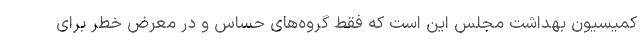
کمیسیون بهداشت مجلس‌ این است که فقط گروه‌های حساس و در معرض خطر برای